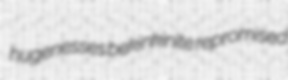
hugenesses bekinkinite repromised